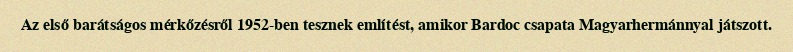
Az első barátságos mérkőzésről 1952-ben tesznek említést, amikor Bardoc csapata Magyarhermánnyal játszott.